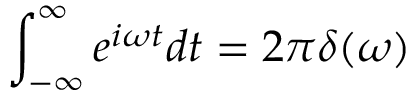
\int _ { - \infty } ^ { \infty } e ^ { i \omega t } d t = 2 \pi \delta ( \omega )